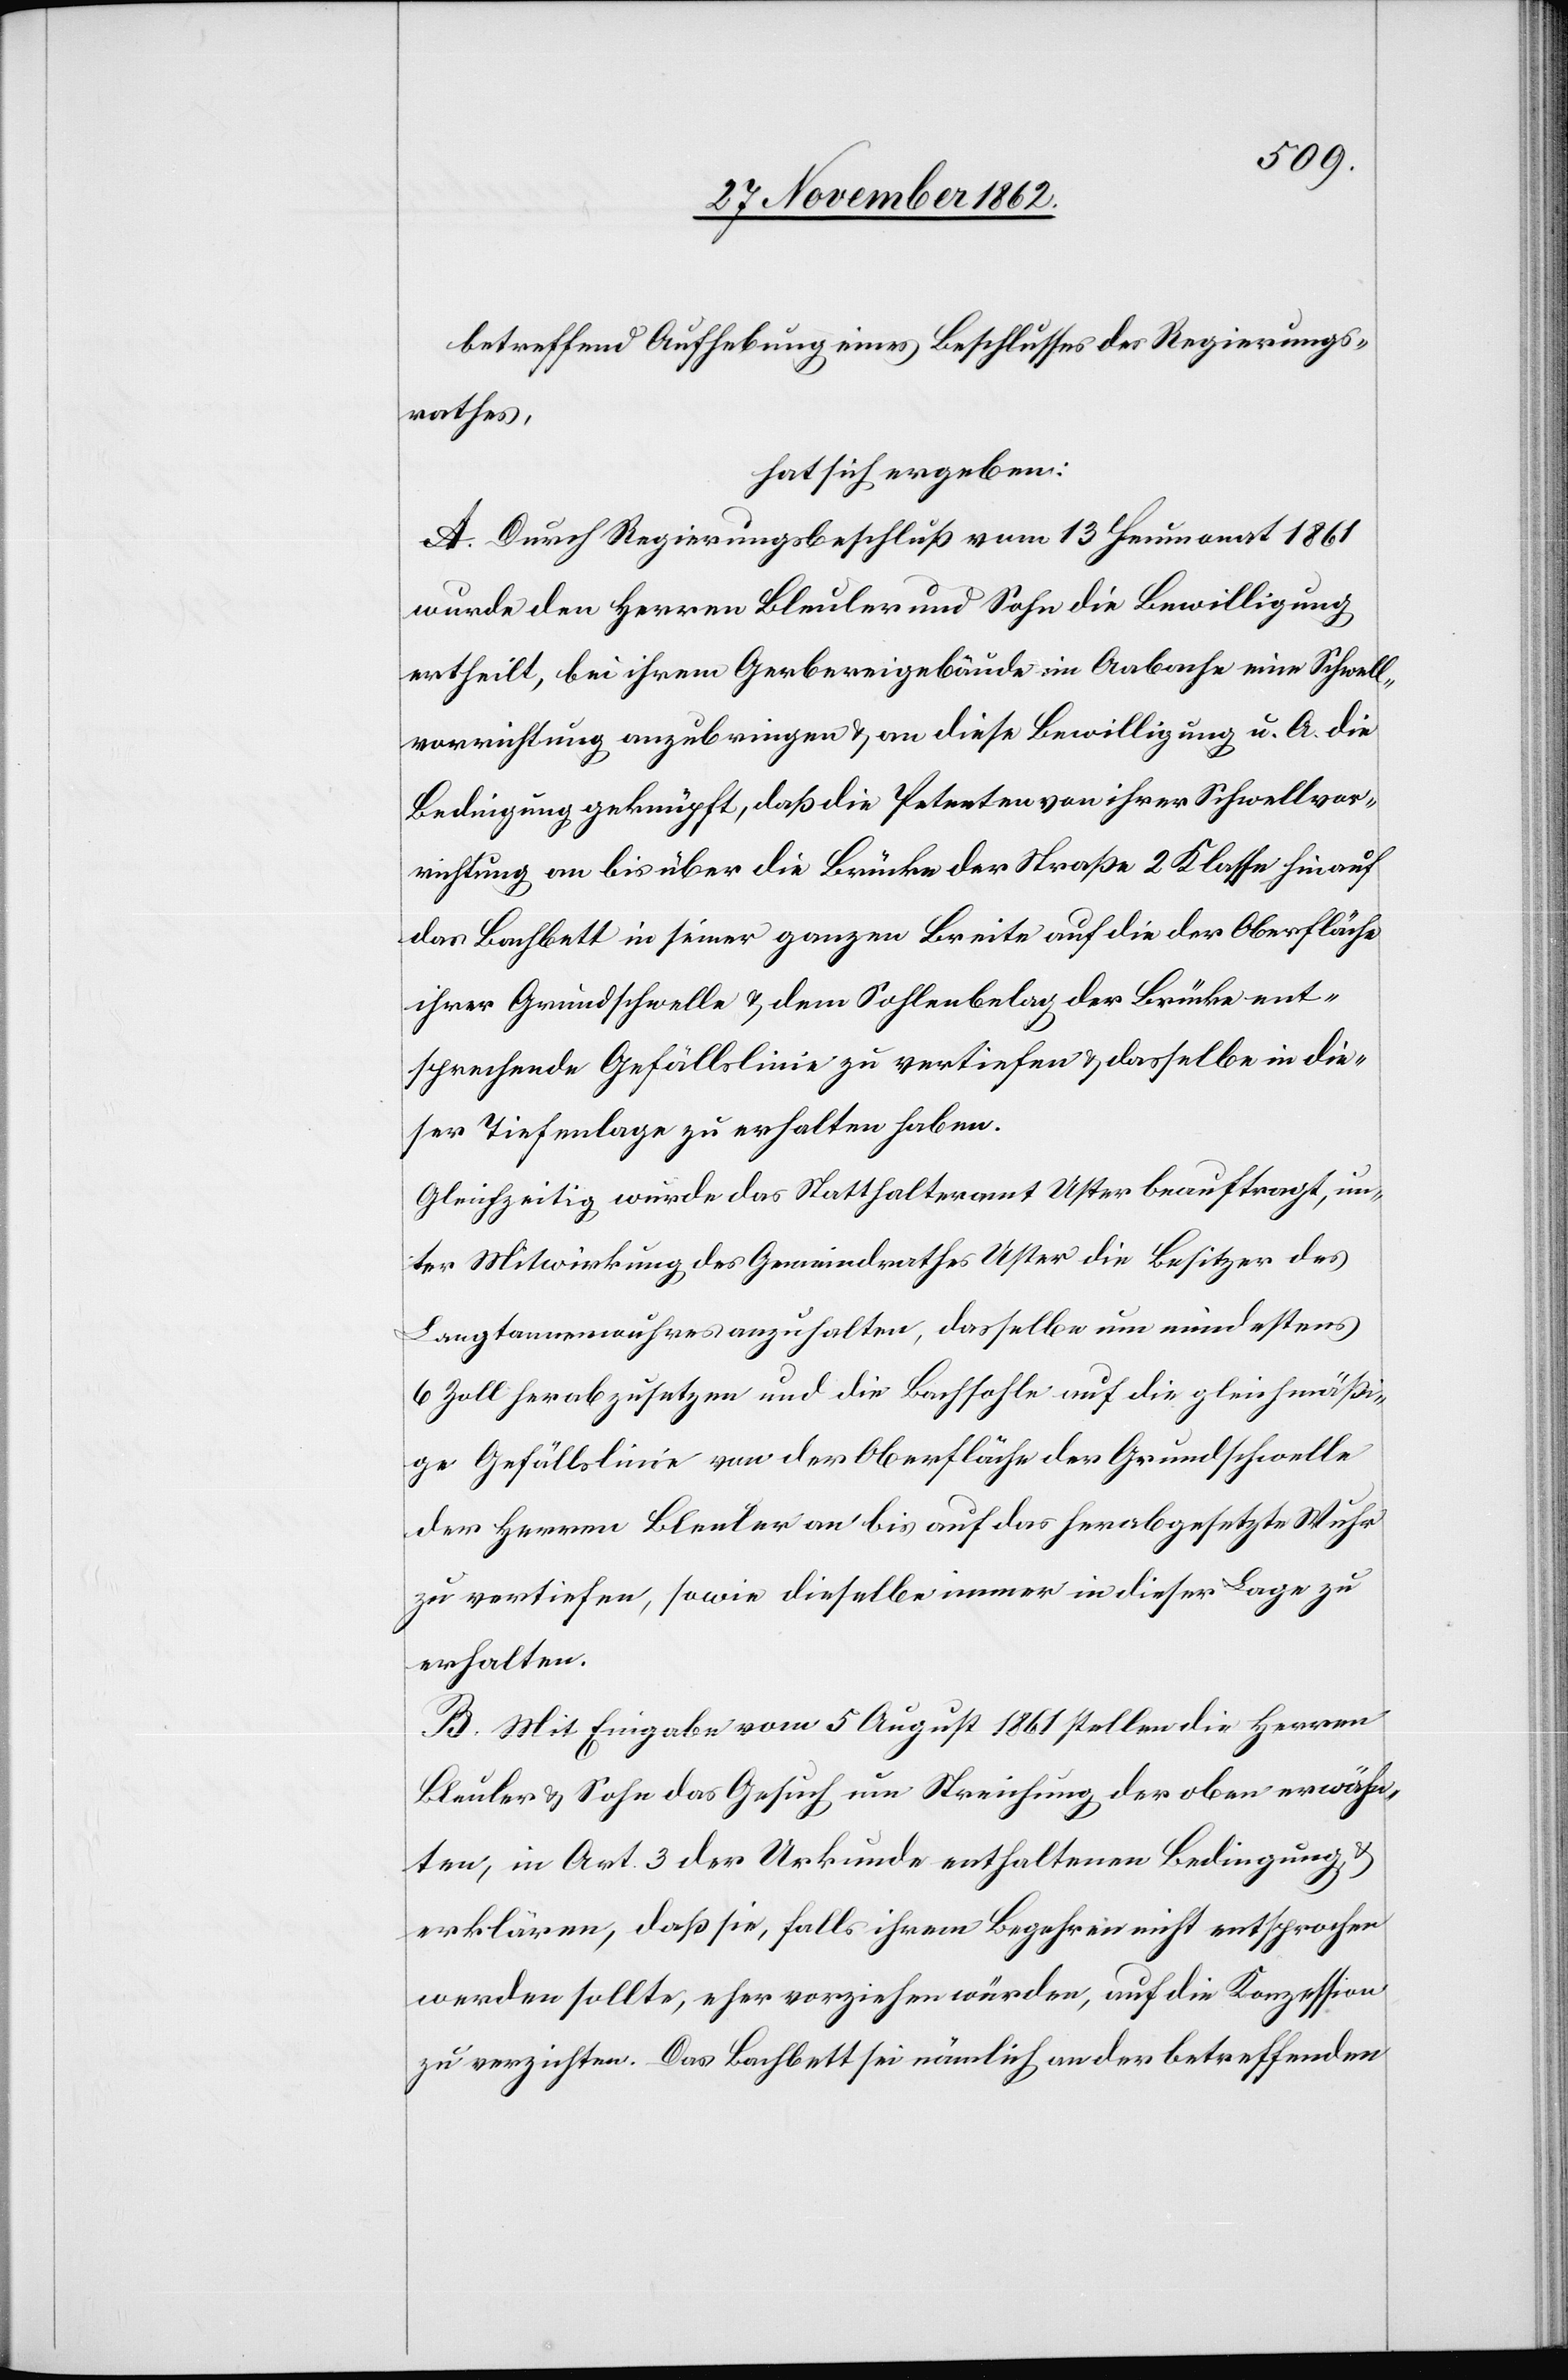
betreffend Aufhebung eines Beschlusses des Regierungs¬
rathes,
hat sich ergeben:
A. Durch Regierungsbeschluß vom 13. Heumonat 1861
wurde den Herren Bleuler und Sohn die Bewilligung
ertheilt, bei ihrem Gerwereigebäude im Aabache eine Schwell¬
vorrichtung anzubringen u. an diese Bewilligung u. A. die
Bedingung geknüpft, daß die Petenten von ihrer Schwellvor¬
richtung an bis über die Brücke der Straße 2. Klasse hinauf
das Bachbett in seiner ganzen Breite auf die der Oberfläche
ihrer Grundschwelle u. dem Sohlenbelag der Brücke ent¬
sprechende Gefällslinie zu vertiefen u. dasselbe in die¬
ser Tiefenlage zu erhalten haben.
Gleichzeitig wurde das Statthalteramt Uster beauftragt, un¬
ter Mitwirkung des Gemeindrathes Uster die Besitzer des
Langtannenwuhres anzuhalten, dasselbe um mindestens
6 Zoll herabzusetzen und die Bachsohle auf die gleichmäßi¬
ge Gefällslinie von der Oberfläche der Grundschwelle
der Herren Bleuler an bis auf das herabgesetzte Wuhr
zu vertiefen, sowie dieselbe immer in dieser Lage zu
erhalten.
B. Mit Eingabe vom 5. August 1861 stellen die Herren
Bleuler u. Sohn das Gesuch um Streichung der oben erwähn¬
ten, im Art. 3 der Urkunde enthaltenen Bedingung u.
erklären, daß sie, falls ihrem Begehren nicht entsprochen
werden sollte, eher vorziehen würden, auf die Konzession
zu verzichten. Das Bachbett sei nämlich an der betreffenden